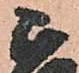
正